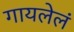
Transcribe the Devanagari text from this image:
गायलेलं